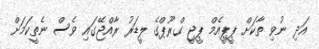
އަދި ނުވި ތާކަށް ޕީޕީއެމް ޕީޖީ ގްރޫޕްގެ ލީޑަރު ރާއްޖޭގައި ވެސް ނެތީކަމަށް